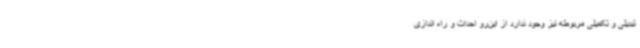
تبدیلی و تکمیلی مربوطه نیز وجود ندارد از این‌رو احداث و راه اندازی